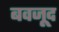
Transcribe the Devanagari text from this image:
बवजूद